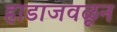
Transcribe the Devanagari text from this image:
हाडाजवळून